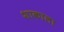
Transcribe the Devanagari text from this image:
शाकाला